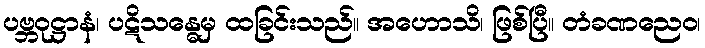
ပဗ္ဘဝုဋ္ဌာနံ၊ ပဋိသန္ဓေမှ ထခြင်းသည်။ အဟောသိ၊ ဖြစ်ပြီ။ တံခဏညေဝ၊